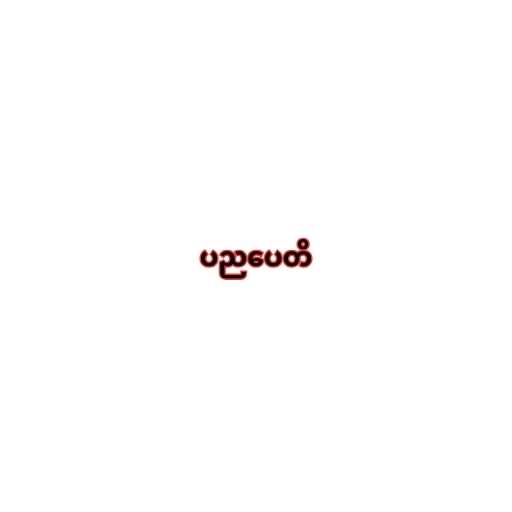
ပညပေတိ